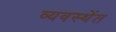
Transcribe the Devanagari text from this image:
व्यवस्थेंत